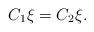
LaTeX: \begin{align*}C_1\xi=C_2\xi.\end{align*}